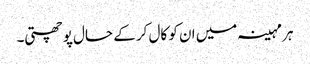
ہر مہینہ میں ان کو کال کر کے حال پوچھتی۔